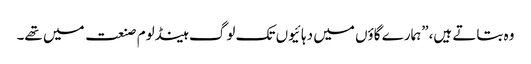
وہ بتاتے ہیں،”ہمارے گاؤں میں دہائیوں تک لوگ ہینڈلوم صنعت میں تھے۔